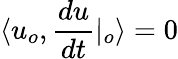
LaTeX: \langle u_{o},\frac{du}{dt}|_{o}\rangle=0